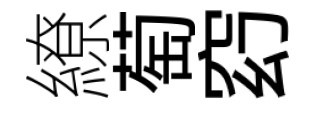
繚萄𥥆